Plague in India, 1896, 1897 - Volume 3
Year: 1896
Disease focus: Plague
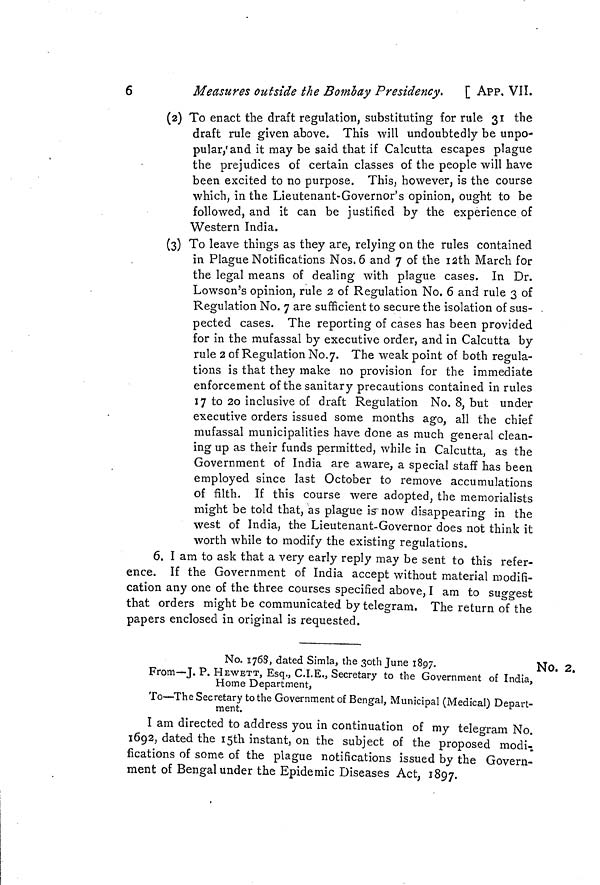
6
Measures outside the Bombay Presidency. [ APP, VII.
(2) To enact the draft regulation, substituting for rule 31 the
draft rule given above. This will undoubtedly be unpo-
pular, and it may be said that if Calcutta escapes plague
the prejudices of certain classes of the people will have
been excited to no purpose. This, however, is the course
which, in the Lieutenant-Governor's opinion, ought to be
followed, and it can be justified by the experience of
Western India.
(3) To leave things as they are, relying on the rules contained
in Plague Notifications Nos. 6 and 7 of the 12th March for
the legal means of dealing with plague cases. In Dr.
Lowson's opinion, rule 2 of Regulation No. 6 and rule 3 of
Regulation No. 7 are sufficient to secure the isolation of sus-
pected cases. The reporting of cases has been provided
for in the mufassal by executive order, and in Calcutta by
rule 2 of Regulation No.7. The weak point of both regula-
tions is that they make no provision for the immediate
enforcement of the sanitary precautions contained in rules
17 to 20 inclusive of draft Regulation No. 8, but under
executive orders issued some months ago, all the chief
mufassal municipalities have done as much general clean-
ing up as their funds permitted, while in Calcutta, as the
Government of India are aware, a special staff has been
employed since last October to remove accumulations
of filth. If this course were adopted, the memorialists
might be told that, as plague is now disappearing in the
west of India, the Lieutenant-Governor does not think it
worth while to modify the existing regulations.
6. I am to ask that a very early reply may be sent to this refer-
ence. If the Government of India accept without material modifi-
cation any one of the three courses specified above. I am to suggest
that orders might be communicated by telegram, The return of the
papers enclosed in original is requested.
No. 2.
No. 1768, dated Simla, the 30th June 1897.
From—J. P. HEWETT, Esq., C.I.E., Secretary to the Government of India,
Home Department,
To—The Secretary to the Government of Bengal, Municipal (Medical) Depart-
ment.
I am directed to address you in continuation of my telegram No.
1692, dated the 15th instant, on the subject of the proposed modi-
fications of some of the plague notifications issued by the Govern-
ment of Bengal under the Epidemic Diseases Act, 1897.